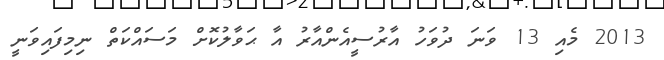
2013 މެއި 13 ވަނަ ދުވަހު އާރުސީއެންއާރު އާ ޙަވާލުކޮށް މަސައްކަތް ނިމިފައިވަނީ